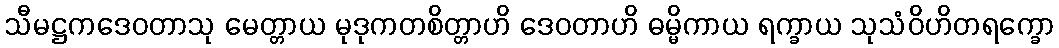
သီမဋ္ဌကဒေဝတာသု မေတ္တာယ မုဒုကတစိတ္တာဟိ ဒေဝတာဟိ ဓမ္မိကာယ ရက္ခာယ သုသံဝိဟိတရက္ခော